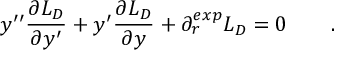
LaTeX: y ^ { \prime \prime } { \frac { \partial L _ { D } } { \partial y ^ { \prime } } } + y ^ { \prime } { \frac { \partial L _ { D } } { \partial y } } + \partial _ { r } ^ { e x p } L _ { D } = 0 \qquad .